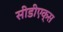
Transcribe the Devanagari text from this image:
सीडीएक्स